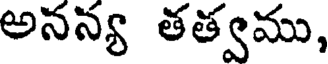
అనన్య తత్వము,